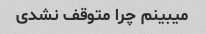
میبینم چرا متوقف نشدی